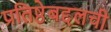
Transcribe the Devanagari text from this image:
प्रतिष्ठेबद्दलची